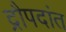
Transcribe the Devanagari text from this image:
द्रौपदांत